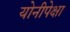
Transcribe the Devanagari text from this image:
योनीपेक्षा